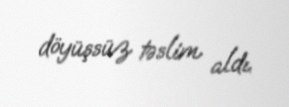
döyüşsüz təslim aldı.